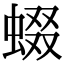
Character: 蝃